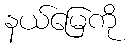
နယ်မြေကို